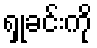
ရှုခင်းကို